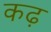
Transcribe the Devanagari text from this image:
कढ़